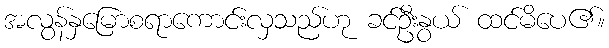
အလွန်နှမြောစရာကောင်းလှသည်ဟု ခင်ဦးနွယ် ထင်မိပေ၏။